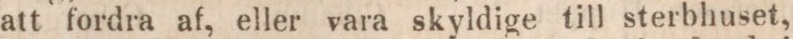
att fordra af, eller vara skyldige till sterbhuset,